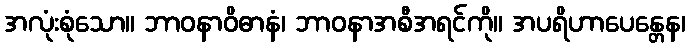
အလုံးစုံသော။ ဘာဝနာဝိဓာနံ၊ ဘာဝနာအစီအရင်ကို။ အပရိဟာပေန္တေန၊